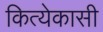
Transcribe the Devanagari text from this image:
कित्येकासी